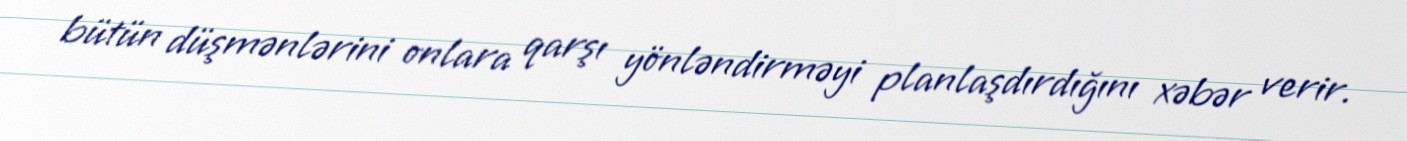
bütün düşmənlərini onlara qarşı yönləndirməyi planlaşdırdığını xəbər verir.